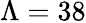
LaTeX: \Lambda=38